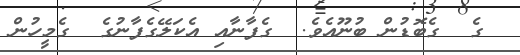
ގެ  ގެބޮޑުން ބުނޫއެވެ.  ގެފާނާއި އެކަލޭގެފާނުގެ  ގެމީހުން